Vaccination in the Punjab 1883-1896 - 1883-1896
Year: 1883
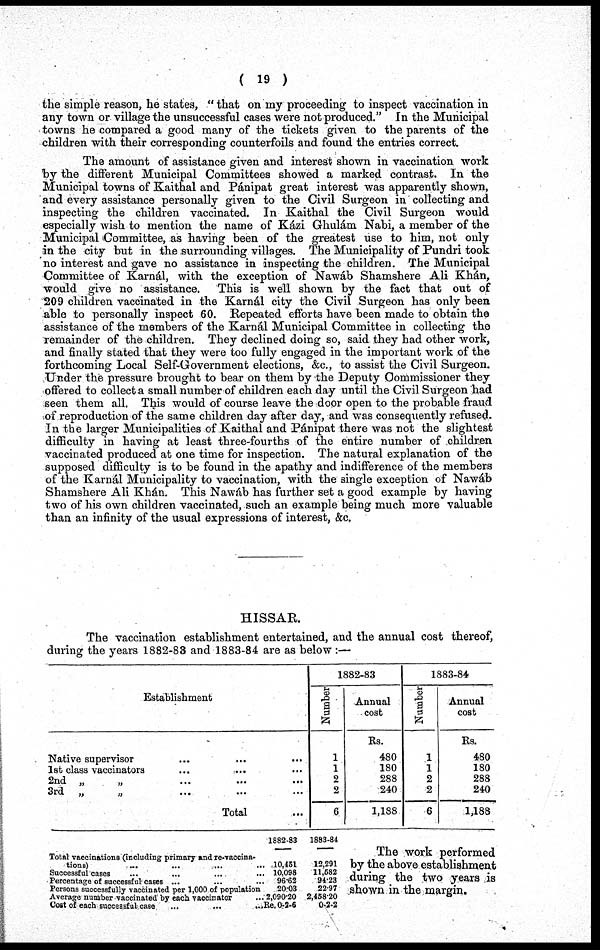
( 19 )
the simple reason, he states, " that on my proceeding to inspect vaccination in
any town or village the unsuccessful cases were not produced." In the Municipal
towns he compared a good many of the tickets given to the parents of the
children with their corresponding counterfoils and found the entries correct.
The amount of assistance given and interest shown in vaccination work
by the different Municipal Committees showed a marked contrast. In the
Municipal towns of Kaithal and Pánipat great interest was apparently shown,
and every assistance personally given to the Civil Surgeon in collecting and
inspecting the children vaccinated. In Kaithal the Civil Surgeon would
especially wish to mention the name of Kázi Ghulám Nabi, a member of the
Municipal Committee, as having been of the greatest use to him, not only
in the city but in the surrounding villages. The Municipality of Pundri took
no interest and gave no assistance in inspecting the children. The Municipal
Committee of Karnál, with the exception of Nawáb Shamshere Ali Khán,
would give no assistance. This is well shown by the fact that out of
209 children vaccinated in the Karnál city the Civil Surgeon has only been
able to personally inspect 60. Repeated efforts have been made to obtain the
assistance of the members of the Karnál Municipal Committee in collecting the
remainder of the children. They declined doing so, said they had other work,
and finally stated that they were too fully engaged in the important work of the
forthcoming Local Self-Government elections, &c., to assist the Civil Surgeon.
Under the pressure brought to bear on them by the Deputy Commissioner they
offered to collect a small number of children each day until the Civil Surgeon had
seen them all. This would of course leave the door open to the probable fraud
of reproduction of the same children day after day, and was consequently refused.
In the larger Municipalities of Kaithal and Pánipat there was not the slightest
difficulty in having at least three-fourths of the entire number of children
vaccinated produced at one time for inspection. The natural explanation of the
supposed difficulty is to be found in the apathy and indifference of the members
of the Karnál Municipality to vaccination, with the single exception of Nawáb
Shamshere Ali Khán. This Nawáb has further set a good example by having
two of his own children vaccinated, such an example being much more valuable
than an infinity of the usual expressions of interest, &c.
HISSAR.
The vaccination establishment entertained, and the annual cost thereof,
during the years 1882-83 and 1883-84 are as below :—
Establishment
Native supervisor ... ... ...
1st class vaccinators ... ... ...
2nd „
„ ... ... ...
3rd
„
„ ... ... ...
Total ...
1882-83
Number
1
1
2
2
6
Annual
cost
Rs.
480
180
288
240
1,188
1883-84
Number
1
1
2
2
6
Annual
cost
Rs.
480
180
288
240
1,188
Total vaccinations (including primary and re-vaccina-
tions) ... ... ... ...
Successful cases ... ... ... ...
Percentage of successful cases ... ... ...
Persons successfully vaccinated per 1,000 of population
Average number vaccinated by each vaccinator ...
Cost of each successful case
...
...
...
1882-83
10,451
10,098
96.62
20.03
2,090.20
Re. 0-2-5
1883-84
12,291
11,582
94.23
22.97
2,458.20
0-2-2
The work performed
by the above establishment
during the two years is
shown in the margin.